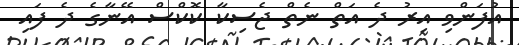
އުފަންވި އިރު ދެ އަތް ނެތް ޖެސިކާ ކޮކްސް އޭނާގެ ދެ ފައި